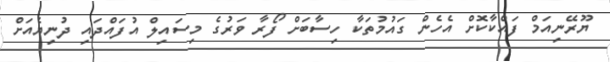
ޔޫރޭނިއަމް ފައްކާކޮށް އެހެން ގައުމުތަކާ ހިސާބަށް ފޯރާ ވަރުގެ މިސައިލް އުފައްދައި ދުނިޔެއަށް